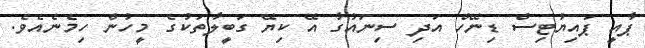
ޕާއީ ޕައިޔުޓިސް ޑިނޭހް އަދި ސިނައުގާ އޭ ކިޔޭ ގަބީލާތަކުގެ މީހުން ހިމެނެއެވެ.